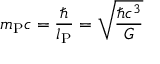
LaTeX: m _ { \mathrm { P } } c = { \frac { \hbar } { l _ { \mathrm { P } } } } = { \sqrt { \frac { \hbar c ^ { 3 } } { G } } }